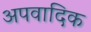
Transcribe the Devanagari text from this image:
अपवादिक